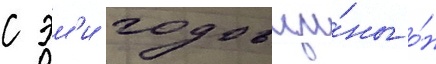
с эм'и годовщи́ны о́н